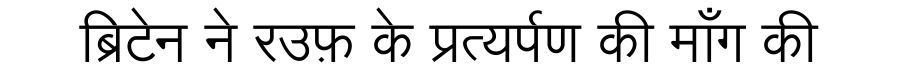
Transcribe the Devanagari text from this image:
ब्रिटेन ने रउफ़ के प्रत्यर्पण की माँग की